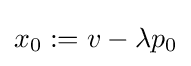
x_{0}:=v-\lambda p_{0}